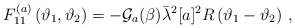
\begin{align*}F^{(a)}_{11}\left( \vartheta _{1},\vartheta _{2}\right) =-\mathcal{G}_{a}(\beta )\bar{\lambda }^{2}[a]^{2}R\left( \vartheta _{1}-\vartheta _{2}\right)\,,\end{align*}